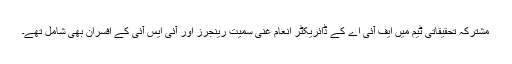
مشترکہ تحقیقاتی ٹیم میں ایف آئی اے کے ڈائریکٹر انعام غنی سمیت رینجرز اور آئی ایس آئی کے افسران بھی شامل تھے۔